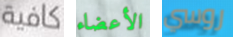
كافية الأعضاء روسي